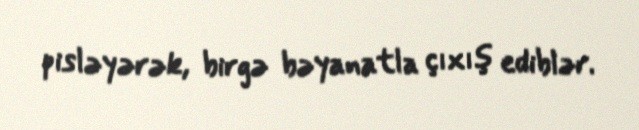
pisləyərək, birgə bəyanatla çıxış ediblər.